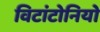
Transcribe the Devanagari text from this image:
विटांटोनियो